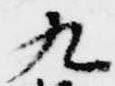
九